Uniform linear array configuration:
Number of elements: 12
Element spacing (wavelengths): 0.75
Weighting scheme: exponential
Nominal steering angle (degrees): -15
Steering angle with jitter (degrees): -15.973
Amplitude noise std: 0.05
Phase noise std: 0.05

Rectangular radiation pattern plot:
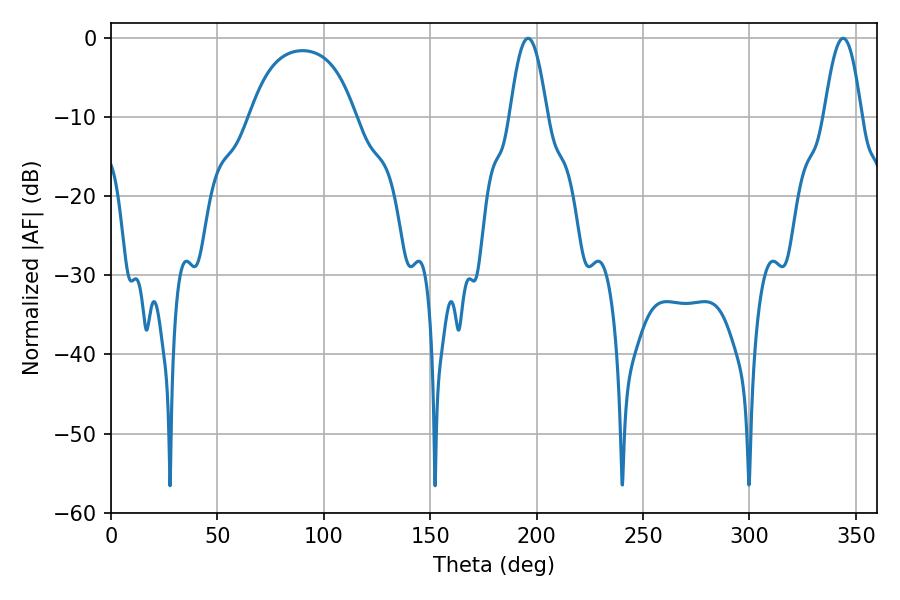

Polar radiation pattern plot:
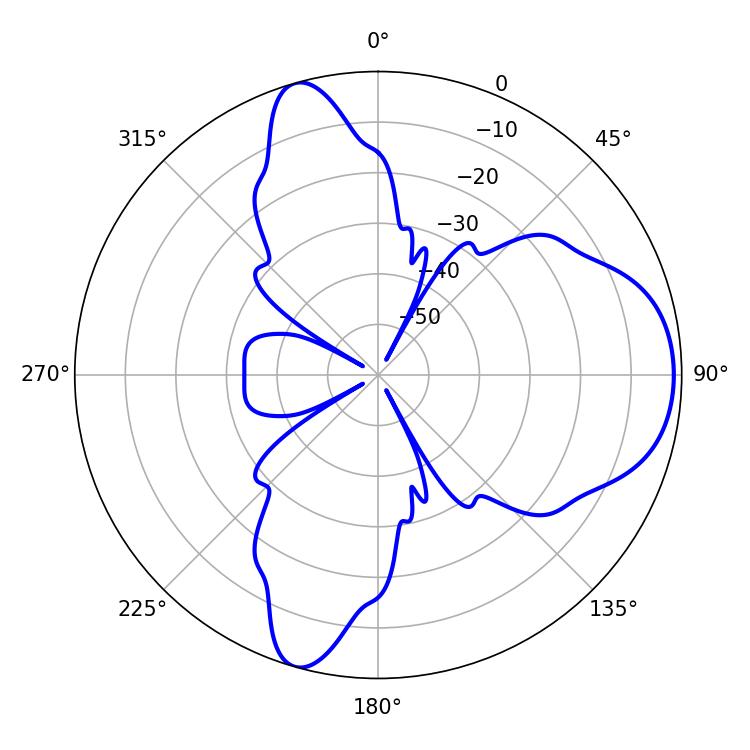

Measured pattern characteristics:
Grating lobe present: TRUE
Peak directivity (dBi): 8.104
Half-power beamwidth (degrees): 9.36
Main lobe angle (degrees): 343.98